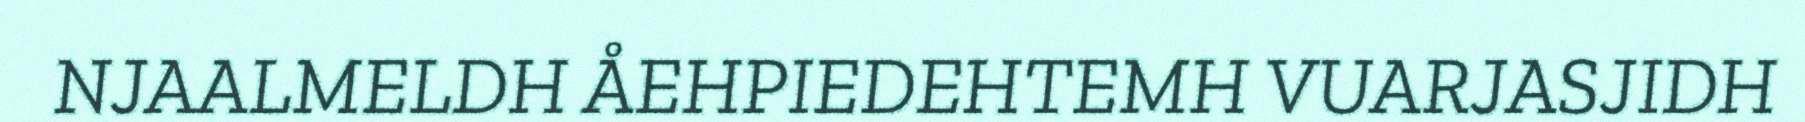
NJAALMELDH ÅEHPIEDEHTEMH VUARJASJIDH